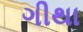
ગીથા